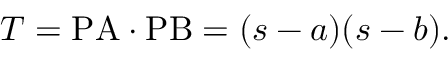
T = { \mathrm { P A } } \cdot { \mathrm { P B } } = ( s - a ) ( s - b ) .